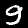
Digit: 9